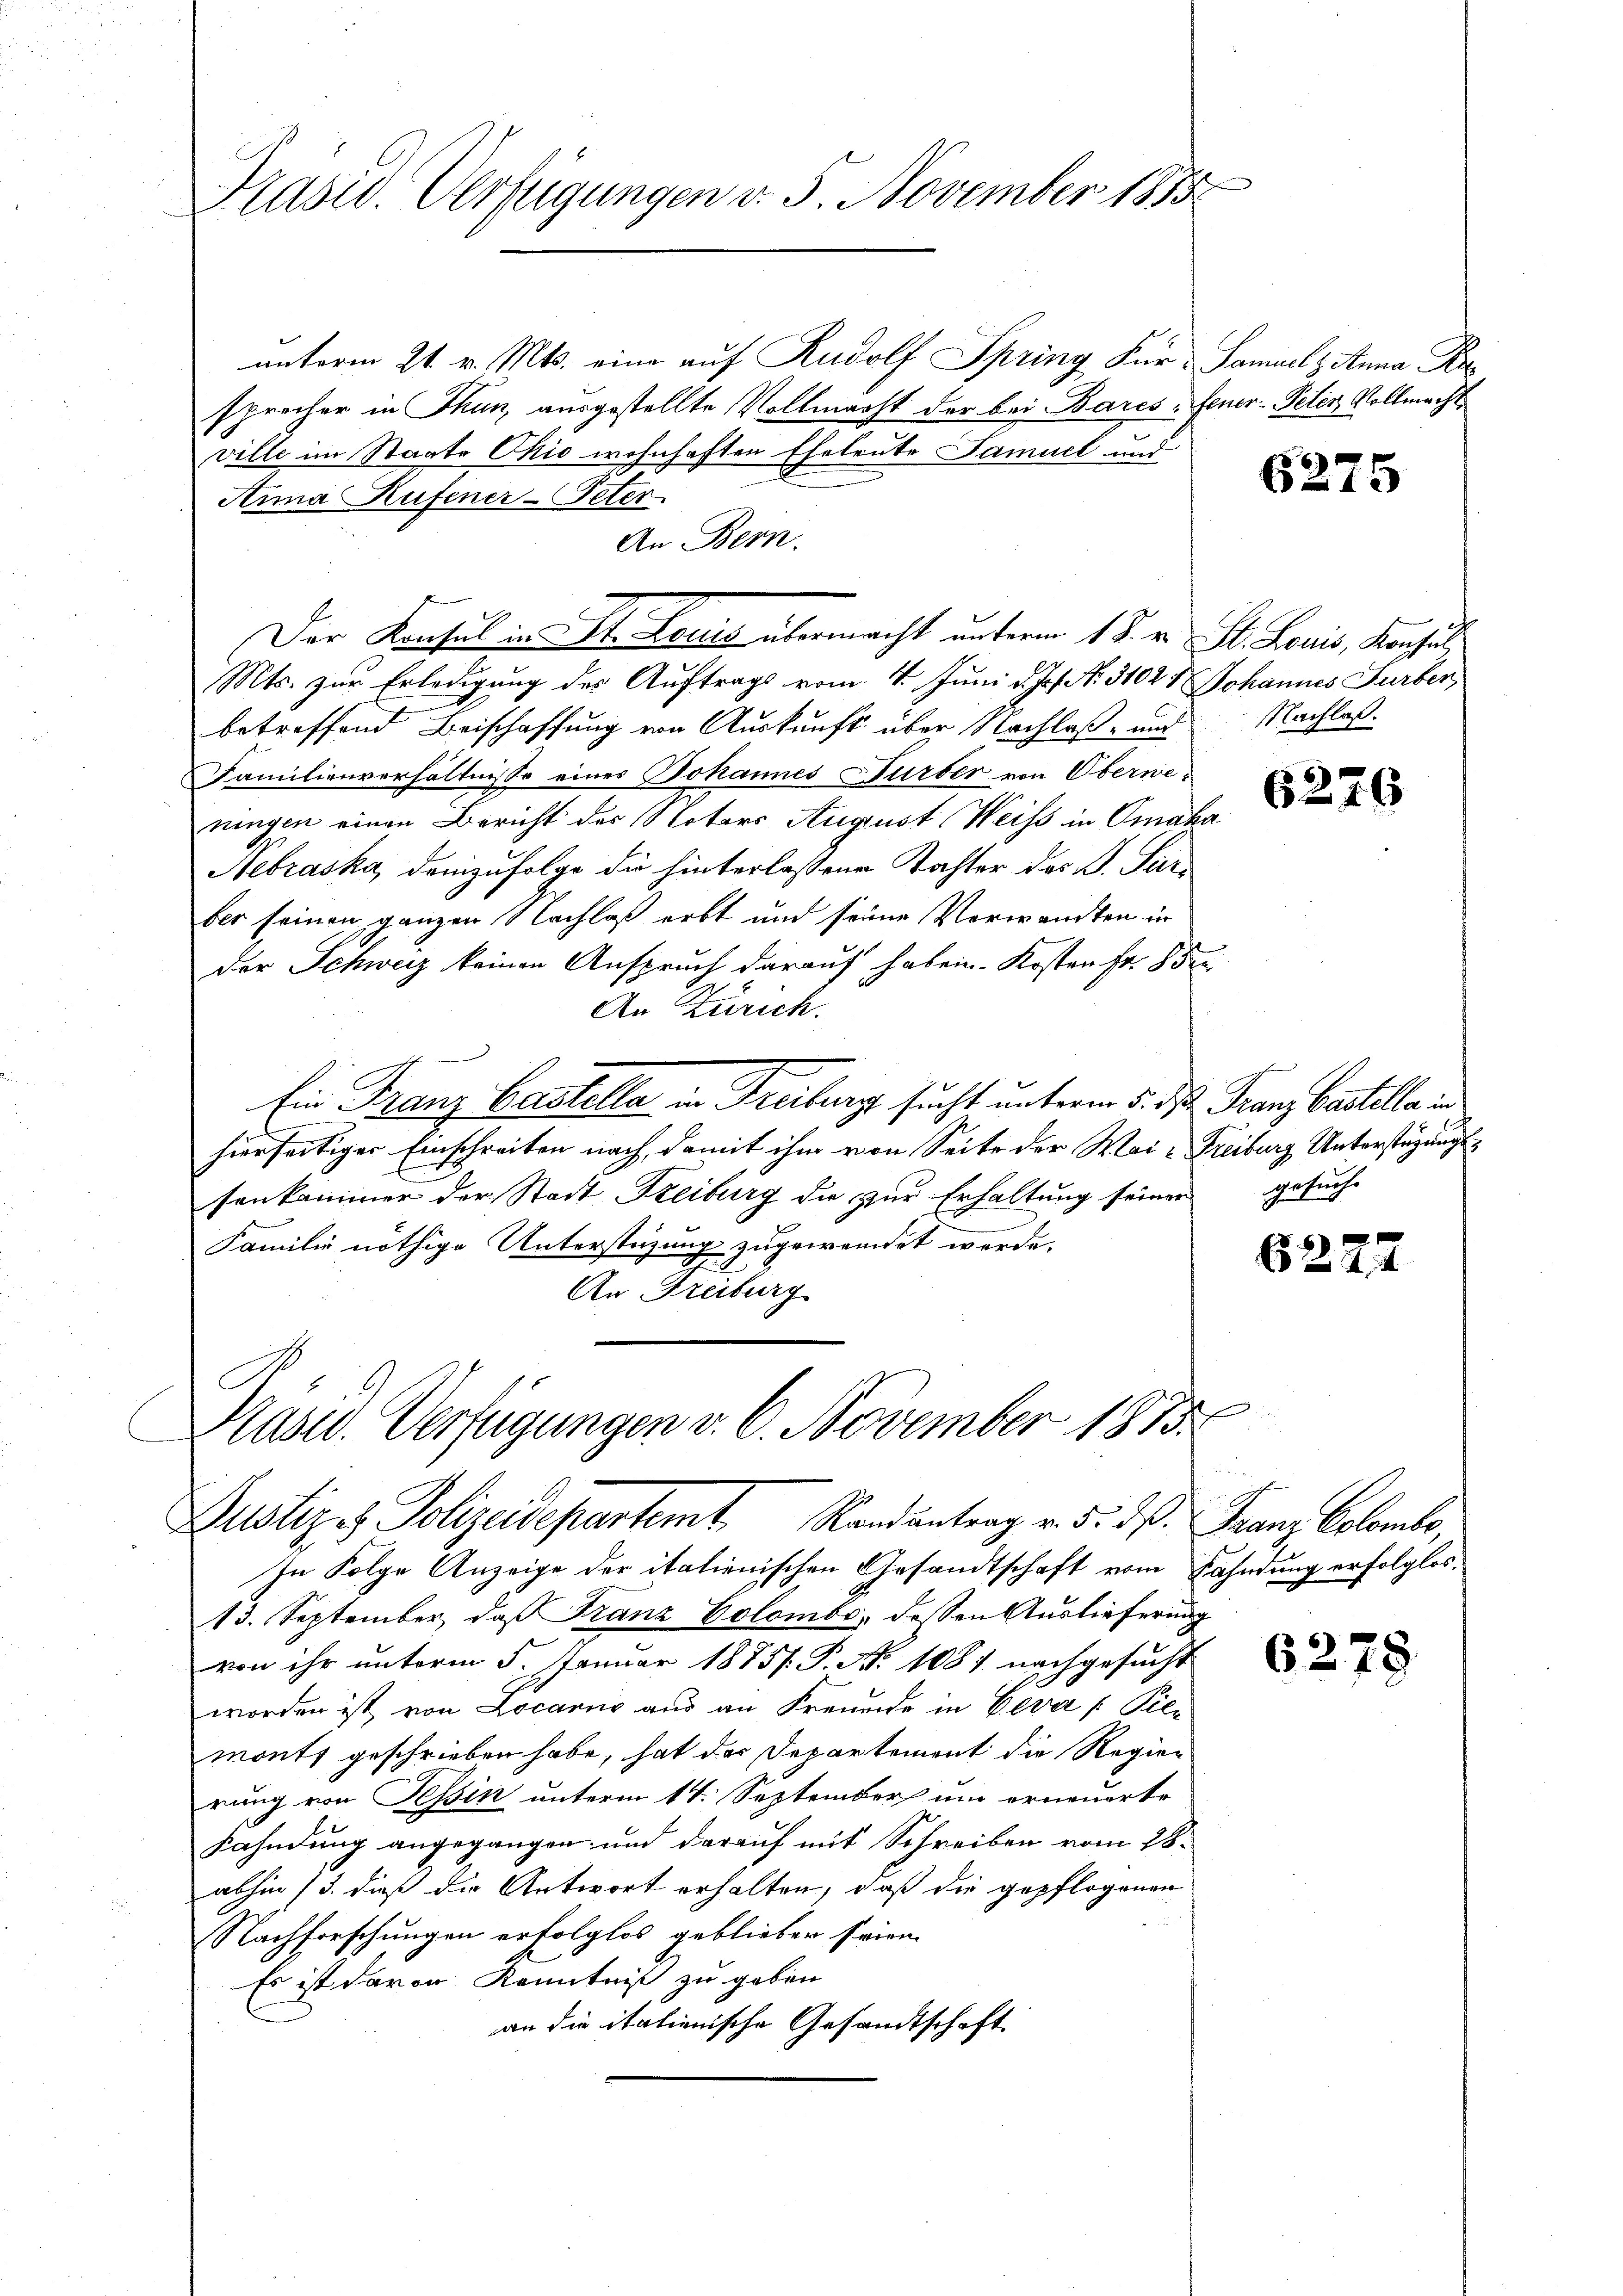
n
Präsid. Verfügungen v. 5. November 1883.

unterm 21. v. Mts. eine auf Rudolf Spring Für Samuel & Anna Kr
sprecher in Thun, ausgestellte Vollmacht der bei Bares-Feuer- Peter Vollmacht
ville im Staate Ohio wohnhaften Eheleute Samuel und
Aima Rufener-Peter
An Bern.
Der Konsul in St. Louis übermacht unterm 1 S. v. St. Louis, Konsul,
Mts. zur Erledigung des Auftrags vom 4. Juni d. Js. No. 31024 Johannes Turben,
betreffend Beischaffung von Auskunft über Nachlaß- und
Familienverhältnisse eines Johannes Fürber von Oberneningen einen Bericht der Notors August Weiss in Omaka
Nebraska, demzufolge die hinterlassene Tochter des S. Puri
ber seinen ganzen Nachlaß erbt und seine Vorwandten in
der Schweiz keinen Anspruch darauf haben. Kosten Fr. 85
An Zürich.
Ein Franz Castella in Freiburg sucht unterm 5. des Franz bestelle in
hierseitiger Einschreiten nach, damit ihm von Seite der Mai - Freiburg Unterstüzungssenkammer der Stadt Freiburg die zur Erhaltung seiner gesuche
Familie nöthige Unterstüzung zugewendet werde.
An Freiburg

Präsid. Verfügungen v. 6. November 1875
Justiz es Polizeidepartemt. Randantrag v. 5. dß. Franz Colombe,

In Folge Anzeige der italienischen Gesandtschaft vom Kahndung erfolglos.
13. September, daß Franz Colombe, dessen Auslieferung
von ihr unterm 5. Januar 1875. P. Nr. 1087 nachgesucht
worden ist, von Locarno aus an Freunde in Geva [ Piemonts geschrieben habe, hat der Departement die Regier
rung von Tessin unterm 14. September um erneuerte
Fahndung angegangen und darauf mit Schreiben vom 28.
abhin 13. dieß die Antwort erhalten, daß die gepflogenen
Nachforschungen erfolglos geblieber seien.
Es ist davon Kenntniß zu geben
an die italienische Gesandtschaft

6275

Nachlaß.

6276

x

6227

6278